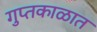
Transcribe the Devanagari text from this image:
गुप्‍तकाळात